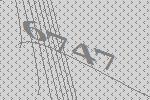
6747